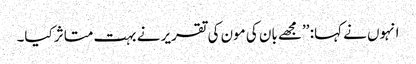
انہوں نے کہا: ’’مجھے بان کی مون کی تقریر نے بہت متاثر کیا۔